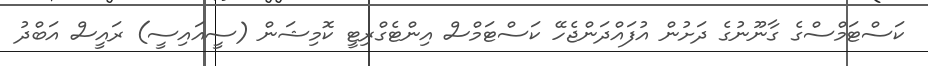
ކަސްޓަމްސްގެ ގާނޫނުގެ ދަށުން އުފައްދަންޖެހޭ ކަސްޓަމްސް އިންޓެގްރިޓީ ކޮމިޝަން (ސީއައިސީ) ރައީސް އަބްދު